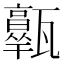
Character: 𤮩